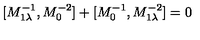
[ M _ { 1 \lambda } ^ { - 1 } , M _ { 0 } ^ { - 2 } ] + [ M _ { 0 } ^ { - 1 } , M _ { 1 \lambda } ^ { - 2 } ] = 0